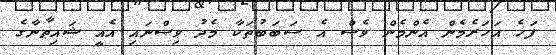
ފަހެ އަހަރެމެން އެންމެން ވެސް އެ ސަބަބުތަކާ މެދު ވިސްނައި އެއީ ޝައިޠާނާގެ